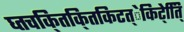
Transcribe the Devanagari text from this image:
घ्तचकि्तकि्तकिटत्ेकिटे्ति्ि